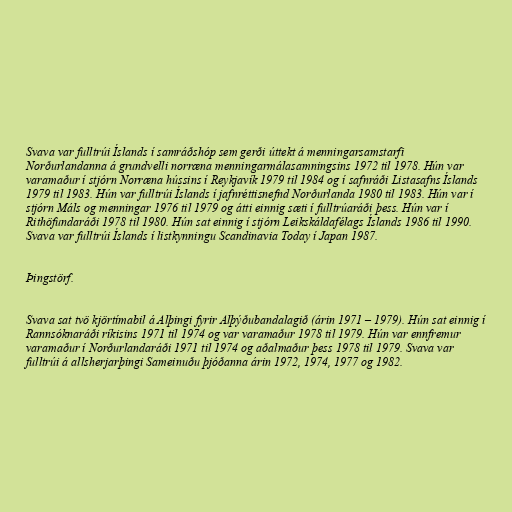
Svava var fulltrúi Íslands í samráðshóp sem gerði úttekt á menningarsamstarfi
Norðurlandanna á grundvelli norræna menningarmálasamningsins 1972 til 1978. Hún var
varamaður í stjórn Norræna hússins í Reykjavík 1979 til 1984 og í safnráði Listasafns Íslands
1979 til 1983. Hún var fulltrúi Íslands í jafnréttisnefnd Norðurlanda 1980 til 1983. Hún var í
stjórn Máls og menningar 1976 til 1979 og átti einnig sæti í fulltrúaráði þess. Hún var í
Rithöfundaráði 1978 til 1980. Hún sat einnig í stjórn Leikskáldafélags Íslands 1986 til 1990.
Svava var fulltrúi Íslands í listkynningu Scandinavia Today í Japan 1987.

Þingstörf.

Svava sat tvö kjörtímabil á Alþingi fyrir Alþýðubandalagið (árin 1971 – 1979). Hún sat einnig í
Rannsóknaráði ríkisins 1971 til 1974 og var varamaður 1978 til 1979. Hún var ennfremur
varamaður í Norðurlandaráði 1971 til 1974 og aðalmaður þess 1978 til 1979. Svava var
fulltrúi á allsherjarþingi Sameinuðu þjóðanna árin 1972, 1974, 1977 og 1982.